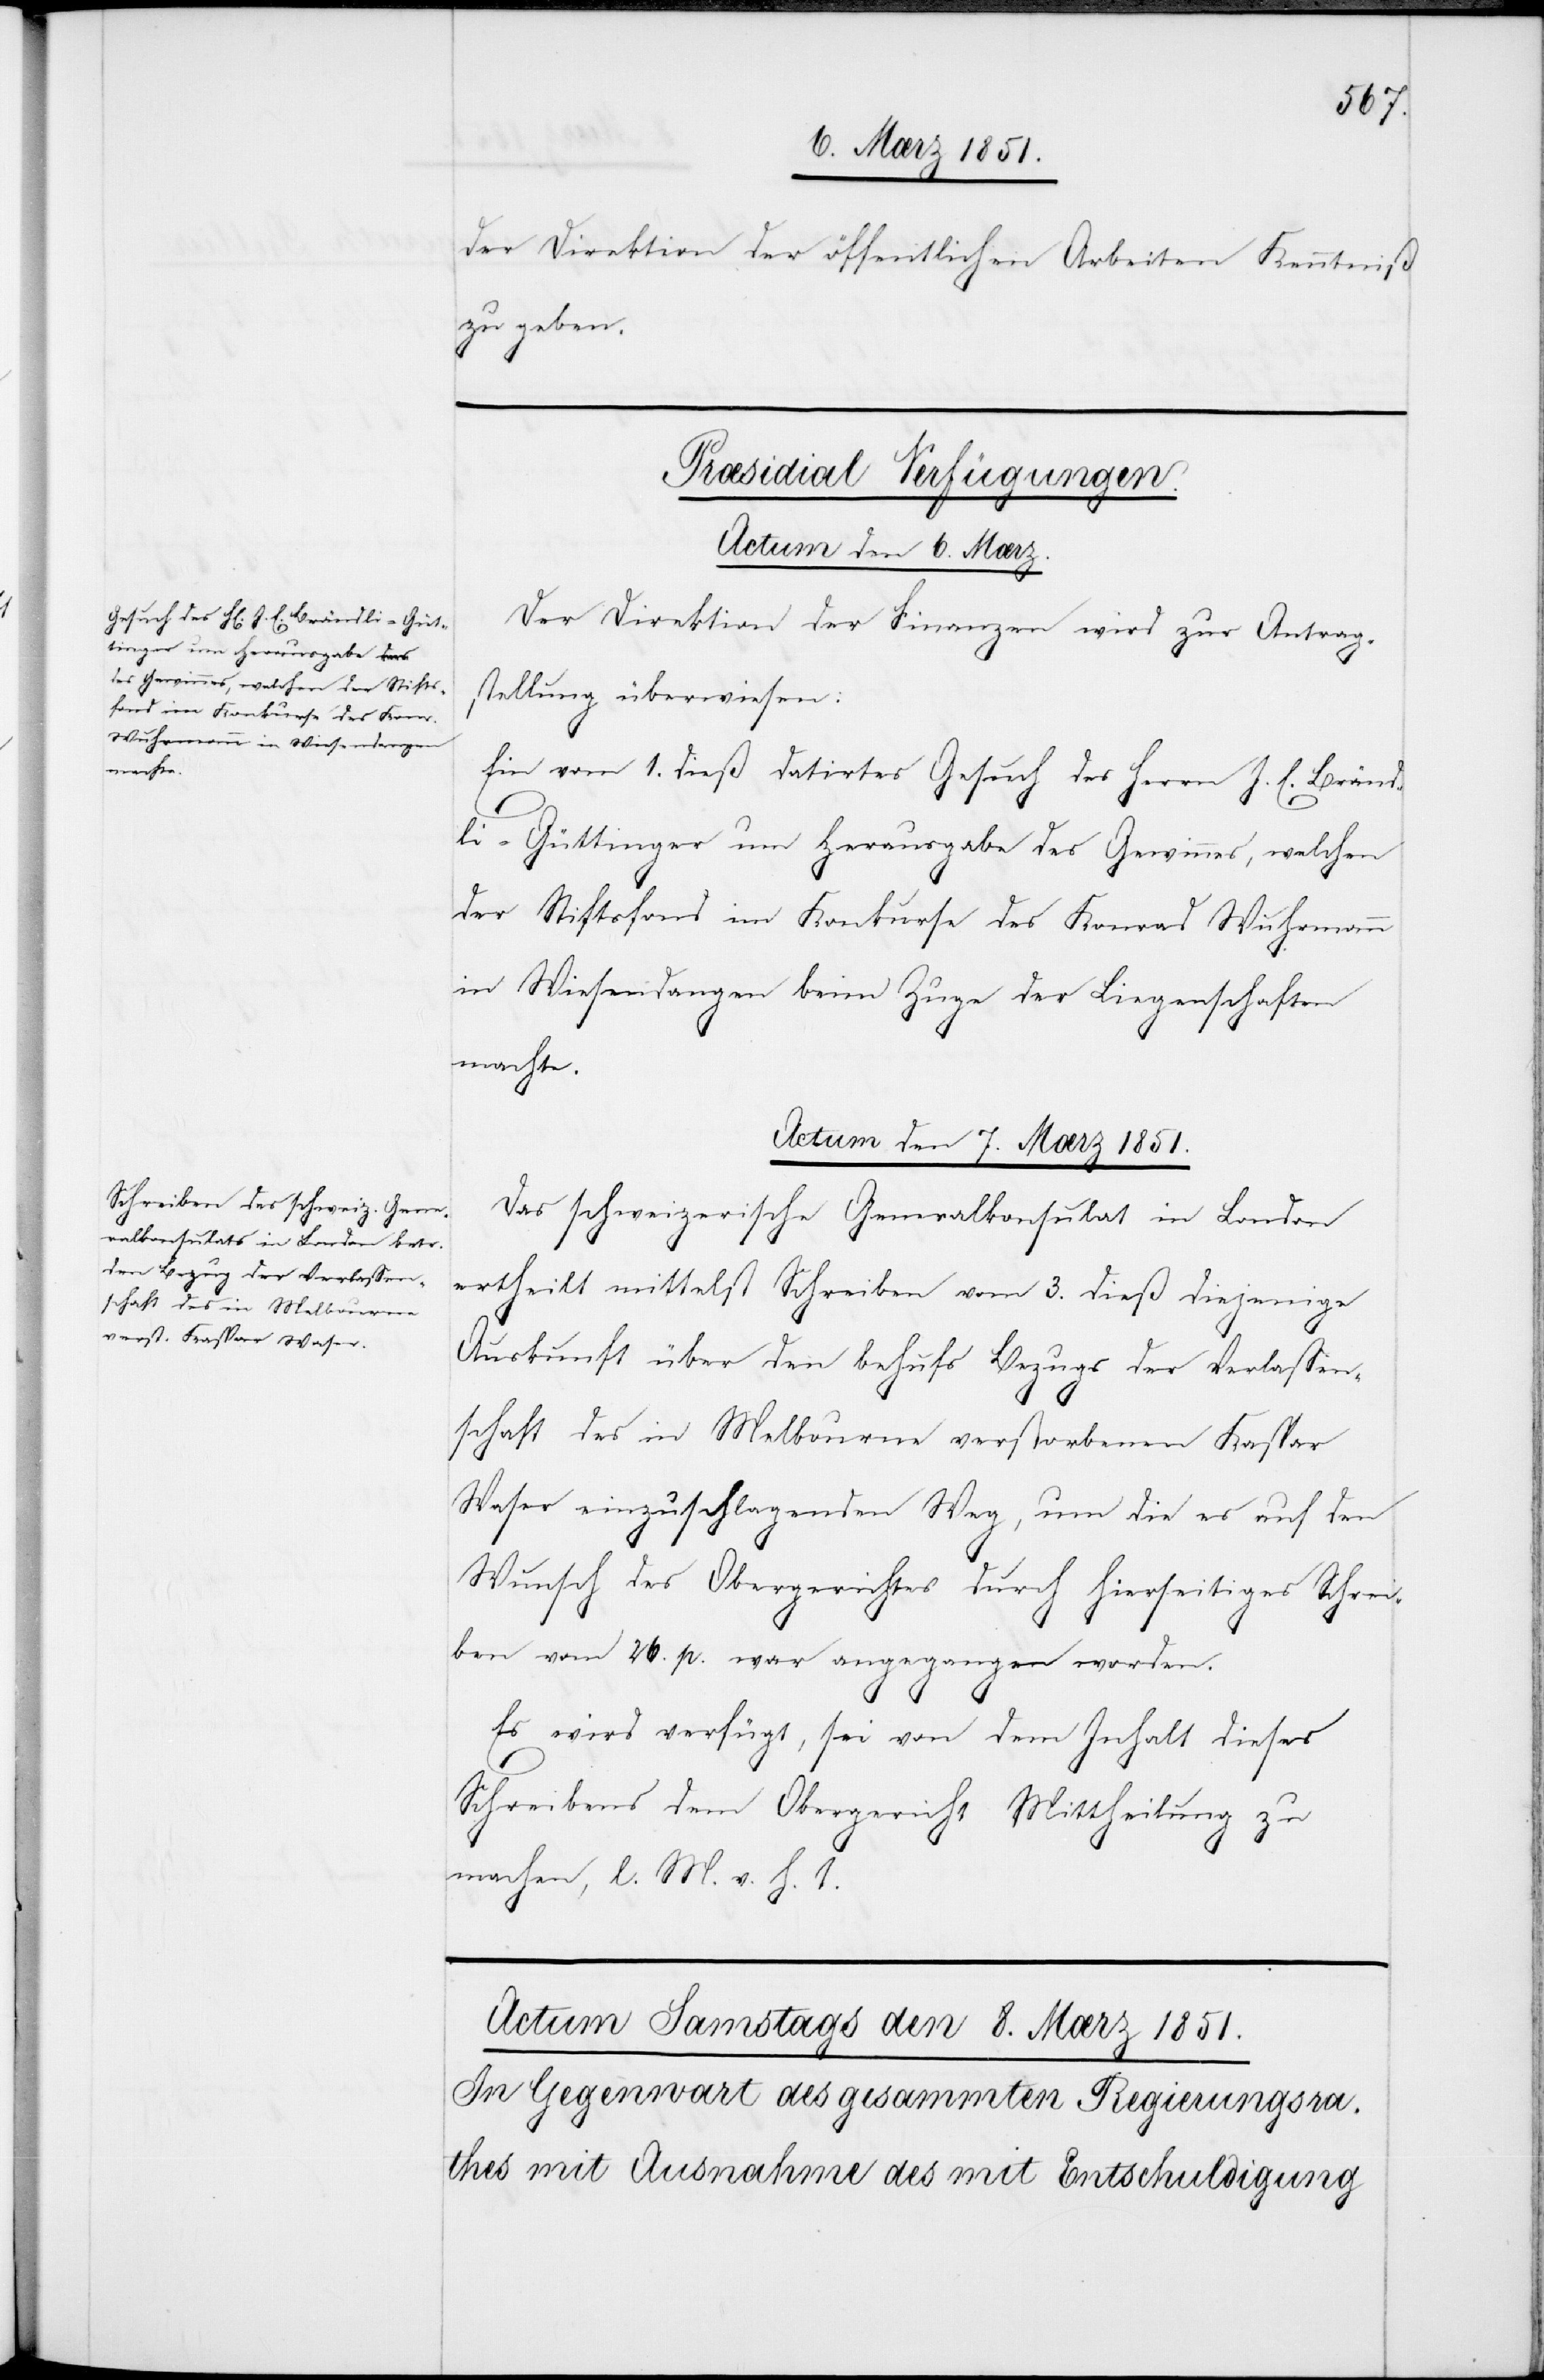
der Direktion der öffentlichen Arbeiten Kenntniß
zu geben.
[Præsidial Verfügungen.]
Actum den 6. Mærz.
Der Direktion der Finanzen wird zur Antrag¬
stellung überwiesen:
Ein vom 1. dieß datirtes Gesuch des Herrn J. E. Bränd¬
li-Güttinger um Herausgabe des Gewinnes, welchen
der Stiftsfond im Konkurse des Konrad Wuhrmann
in Wiesendangen beim Zuge der Liegenschaften
machte.
Actum den 7. Mærz 1851.
Das schweizerische Generalkonsulat in London
ertheilt mittelst Schreiben vom 3. dieß diejenige
Auskunft über den behufs Bezugs der Verlassen¬
schaft des in Melbourne verstorbenen Kaspar
Waser einzuschlagenden Weg, um die es auf den
Wunsch des Obergerichtes durch hierseitiges Schrei¬
ben vom 26. p. war angegangen worden.
Es wird verfügt, sei von dem Inhalt dieses
Schreibens dem Obergericht Mittheilung zu
machen, l. M. v. h. T.